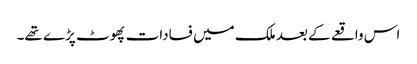
اس واقعے کے بعد ملک میں فسادات پھوٹ پڑے تھے۔